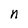
Character: n